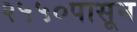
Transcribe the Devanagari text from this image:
२५५०पासून